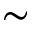
\sim